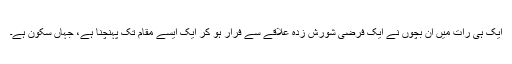
ایک ہی رات میں ان بچوں نے ایک فرضی شورش زدہ علاقے سے فرار ہو کر ایک ایسے مقام تک پہنچنا ہے، جہاں سکون ہے۔